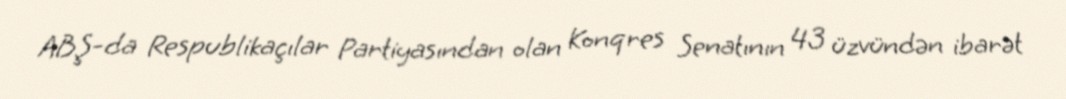
ABŞ-da Respublikaçılar Partiyasından olan Konqres Senatının 43 üzvündən ibarət